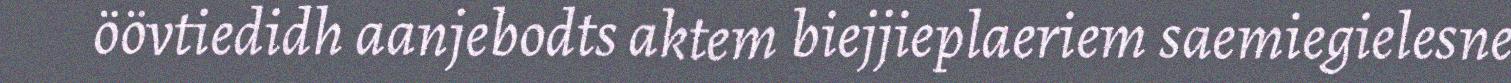
öövtiedidh aanjebodts aktem biejjieplaeriem saemiegielesne